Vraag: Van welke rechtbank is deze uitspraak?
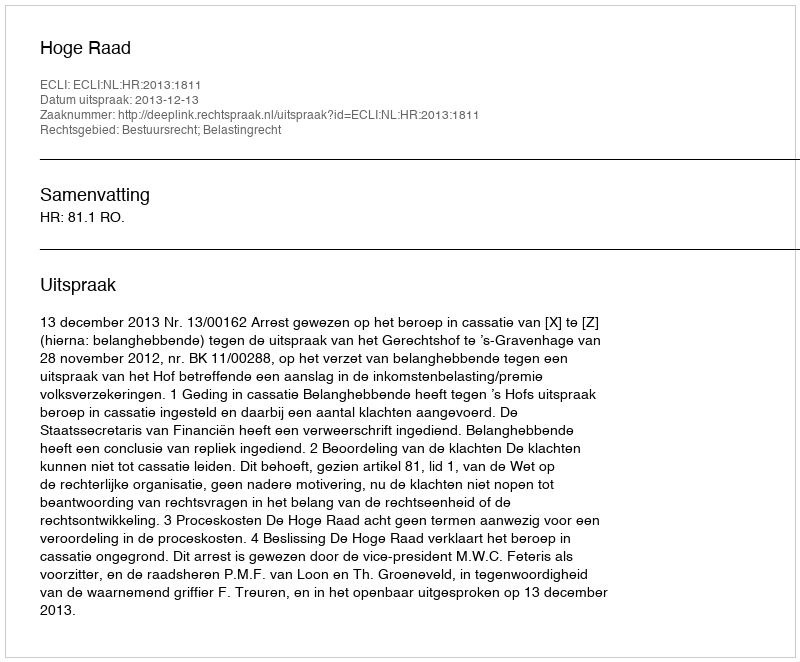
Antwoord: Hoge Raad